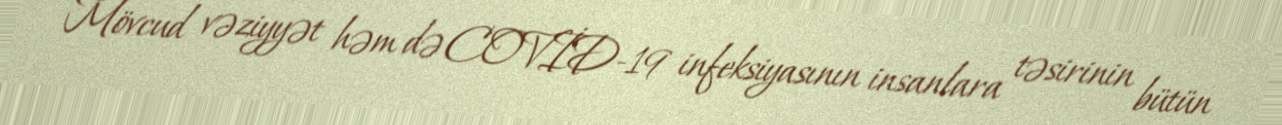
Mövcud vəziyyət həm də COVİD-19 infeksiyasının insanlara təsirinin bütün